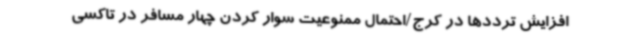
افزایش ترددها در کرج/احتمال ممنوعیت سوار کردن چهار مسافر در تاکسی‌